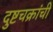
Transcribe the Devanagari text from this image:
दुष्टचक्रांची